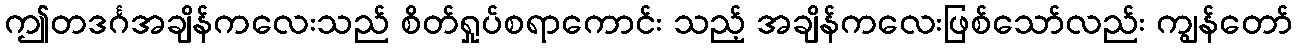
ဤတဒင်္ဂအချိန်ကလေးသည် စိတ်ရှုပ်စရာကောင်း သည့် အချိန်ကလေးဖြစ်သော်လည်း ကျွန်တော်